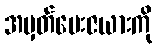
အမှတ်ပေးဇယားကို